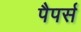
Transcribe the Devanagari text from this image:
पैपर्स